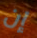
إن